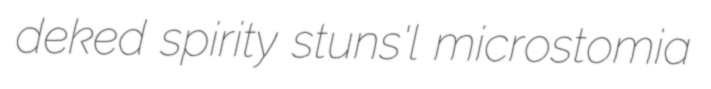
deked spirity stuns'l microstomia